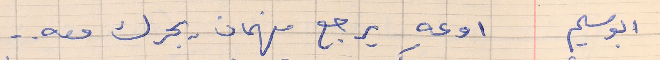
ابو سليم     اوعه يرجع فهمان يجرك معه . .